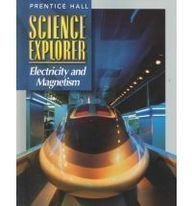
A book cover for Science Explorer: Electricity and Magnetism; Children's Books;